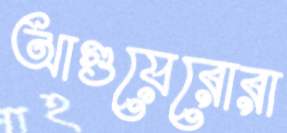
আগুয়েরোরা